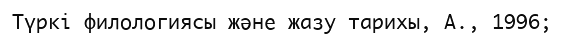
Түркі филологиясы және жазу тарихы, А., 1996;